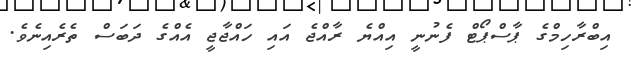
އިބްރާހިމްގެ ޕާސްޕޯޓް ފެނުނީ އިއްޔެ ރާއްޖެ އައި ހައްޖާޖީ އެއްގެ ދަބަސް ތެރެއިނެވެ.